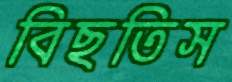
বিছতিস